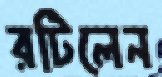
রটিলেন